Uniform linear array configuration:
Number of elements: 4
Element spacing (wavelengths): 0.25
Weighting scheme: hamming
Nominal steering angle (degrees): -45
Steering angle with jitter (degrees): -44.908
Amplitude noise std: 0.05
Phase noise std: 0.05

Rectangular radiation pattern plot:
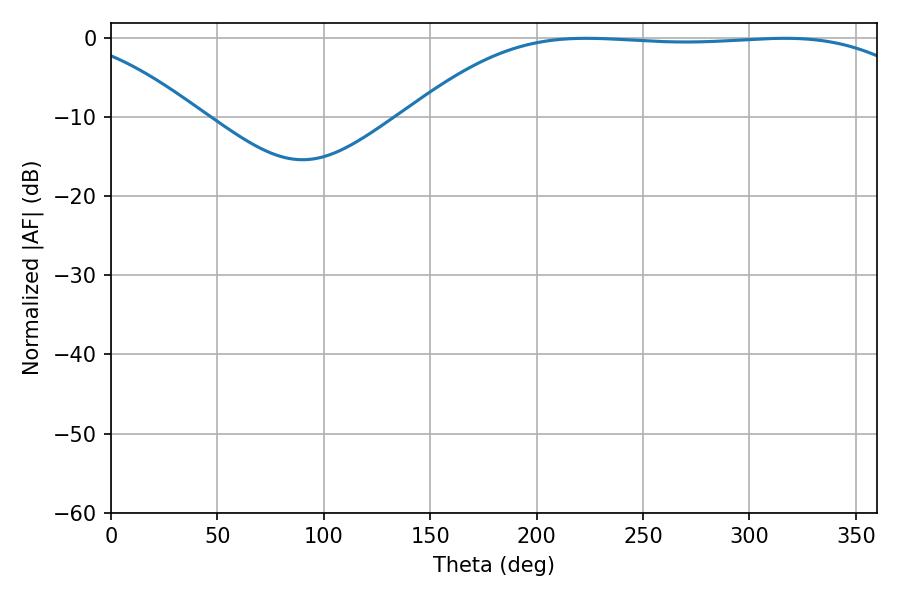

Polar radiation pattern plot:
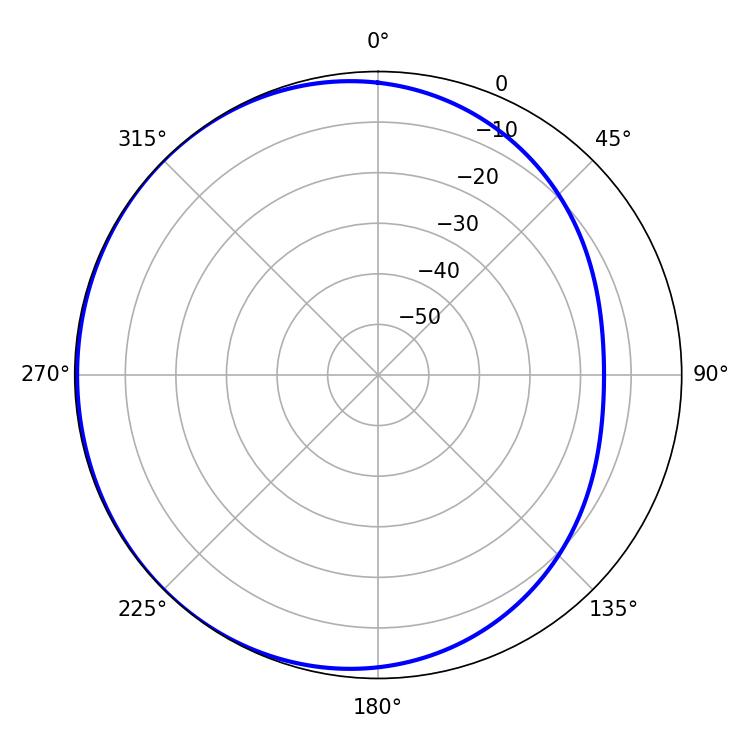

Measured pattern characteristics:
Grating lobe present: FALSE
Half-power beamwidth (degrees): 186.3
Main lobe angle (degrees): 223.38